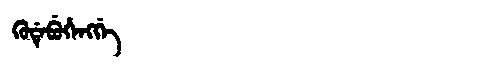
Manchu: ᡴᡠᡩᡝᠪᡠᡥᡝᠩᡤᡝ
Romanization: KUDEBUHENGGE